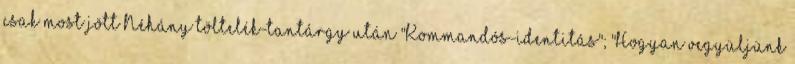
csak most jött Néhány töltelék-tantárgy után "Kommandós-identitás"; "Hogyan vegyüljünk